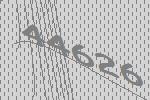
44626